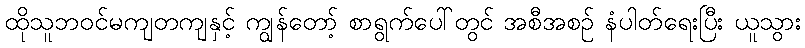
ထိုသူဘဝင်မကျတကျနှင့် ကျွန်တော့် စာရွက်ပေါ်တွင် အစီအစဉ် နံပါတ်ရေးပြီး ယူသွား